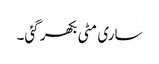
ساری مٹی بکھر گئی۔